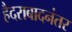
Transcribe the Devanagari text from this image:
हैदराबादनंतर